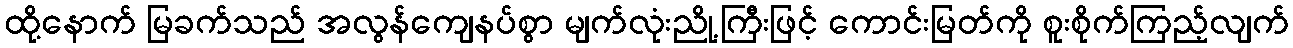
ထို့နောက် မြခက်သည် အလွန်ကျေနပ်စွာ မျက်လုံးညို့ကြီးဖြင့် ကောင်းမြတ်ကို စူးစိုက်ကြည့်လျက်